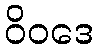
ဝိဝဒေ